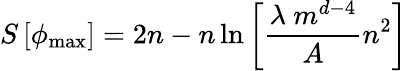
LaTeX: S\left[\phi_{\mathrm{max}}\right]=2n-n\ln{\left[{\frac{\lambda\ m^{d-4}}{A}}n^{2}\right]}